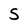
Character: S